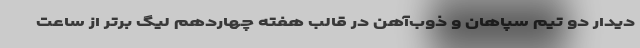
دیدار دو تیم سپاهان و ذوب‌آهن در قالب هفته چهاردهم لیگ برتر از ساعت